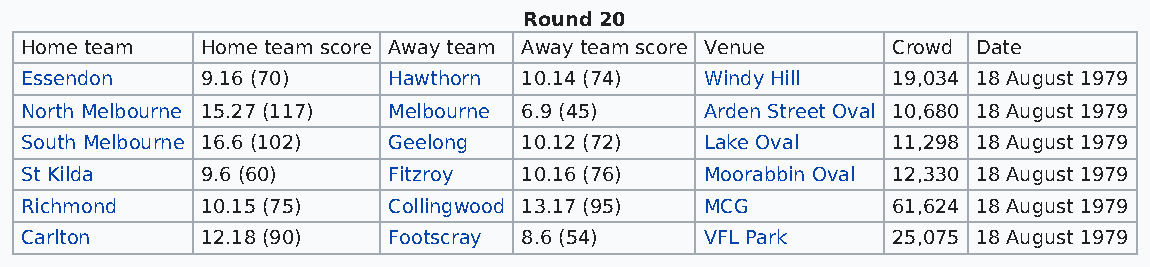
Round 20
 Home team   Home team score Away team Away team score Venue Crowd Date
 Essendon    9.16 (70)    Hawthorn 10.14 (74)  Windy Hill  19,034 18 August 1979
 North Melbourne 15.27 (117) Melbourne 6.9 (45) Arden Street Oval 10,680 18 August 1979
 South Melbourne 16.6 (102) Geelong 10.12 (72) Lake Oval   11,298 18 August 1979
 St Kilda    9.6 (60)     Fitzroy  10.16 (76)  Moorabbin Oval 12,330 18 August 1979
 Richmond    10.15 (75)   Collingwood 13.17 (95) MCG       61,624 18 August 1979
 Carlton     12.18 (90)   Footscray 8.6 (54)   VFL Park    25,075 18 August 1979